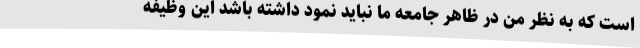
است که به نظر من در ظاهر جامعه ما نباید نمود داشته باشد این وظیفه